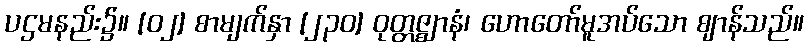
ပဌမနည်း၌။ [၀၂] စာမျက်နှာ [၂၃၀] ဝုတ္တဇ္ဈာနံ၊ ဟောတော်မူအပ်သော ဈာန်သည်။